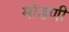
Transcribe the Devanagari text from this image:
मोडणी